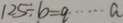
1 2 5 \div b = q \cdots a